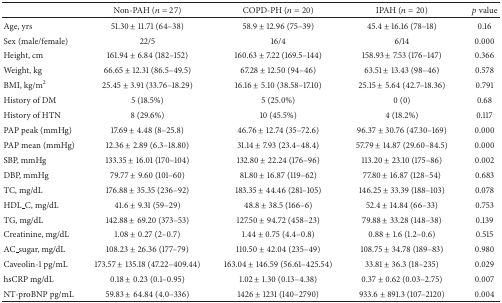
<table><thead><tr><td>[EMPTY_CELL]</td><td><b>Non-PAH (<i>n</i> = 27)</b></td><td><b>COPD-PH (<i>n</i> = 20)</b></td><td><b>IPAH (<i>n</i> = 20)</b></td><td><b><i>p</i> value</b></td></tr></thead><tbody><tr><td>Age, yrs</td><td>51.30 ± 11.71 (64–38) </td><td>58.9 ± 12.96 (75–39) </td><td>45.4 ± 16.16 (78–18) </td><td>0.16 </td></tr><tr><td>Sex (male/female)</td><td>22/5</td><td>16/4</td><td>6/14</td><td>0.000</td></tr><tr><td>Height, cm</td><td>161.94 ± 6.84 (182–152)</td><td>160.63 ± 7.22 (169.5–144)</td><td>158.93 ± 7.53 (176–147)</td><td>0.366</td></tr><tr><td>Weight, kg</td><td>66.65 ± 12.31 (86.5–49.5)</td><td>67.28 ± 12.50 (94–46)</td><td>63.51 ± 13.43 (98–46)</td><td>0.578</td></tr><tr><td>BMI, kg/m<sup>2</sup></td><td>25.45 ± 3.91 (33.76–18.29)</td><td>16.16 ± 5.10 (38.58–17.10)</td><td>25.15 ± 5.64 (42.7–18.36)</td><td>0.791</td></tr><tr><td>History of DM</td><td>5 (18.5%)</td><td>5 (25.0%)</td><td>0 (0)</td><td>0.68</td></tr><tr><td>History of HTN</td><td>8 (29.6%)</td><td>10 (45.5%)</td><td>4 (18.2%)</td><td>0.117</td></tr><tr><td>PAP peak (mmHg)</td><td>17.69 ± 4.48 (8–25.8)</td><td>46.76 ± 12.74 (35–72.6)</td><td>96.37 ± 30.76 (47.30–169)</td><td>0.000</td></tr><tr><td>PAP mean (mmHg)</td><td>12.36 ± 2.89 (6.3–18.80)</td><td>31.14 ± 7.93 (23.4–48.4)</td><td>57.79 ± 14.87 (29.60–84.5)</td><td>0.000</td></tr><tr><td>SBP, mmHg</td><td>133.35 ± 16.01 (170–104)</td><td>132.80 ± 22.24 (176–96)</td><td>113.20 ± 23.10 (175–86)</td><td>0.002</td></tr><tr><td>DBP, mmHg</td><td>79.77 ± 9.60 (101–60)</td><td>81.80 ± 16.87 (119–62)</td><td>77.80 ± 16.87 (128–54)</td><td>0.683</td></tr><tr><td>TC, mg/dL</td><td>176.88 ± 35.35 (236–92)</td><td>183.35 ± 44.46 (281–105)</td><td>146.25 ± 33.39 (188–103)</td><td>0.078</td></tr><tr><td>HDL_C, mg/dL</td><td>41.6 ± 9.31 (59–29)</td><td>48.8 ± 38.5 (166–6)</td><td>52.4 ± 14.84 (66–33)</td><td>0.753</td></tr><tr><td>TG, mg/dL</td><td>142.88 ± 69.20 (373–53)</td><td>127.50 ± 94.72 (458–23)</td><td>79.88 ± 33.28 (148–38)</td><td>0.139</td></tr><tr><td>Creatinine, mg/dL</td><td>1.08 ± 0.27 (2–0.7)</td><td>1.44 ± 0.75 (4.4–0.8)</td><td>0.88 ± 1.6 (1.2–0.6)</td><td>0.515</td></tr><tr><td>AC_sugar, mg/dL</td><td>108.23 ± 26.36 (177–79)</td><td>110.50 ± 42.04 (235–49)</td><td>108.75 ± 34.78 (189–83)</td><td>0.980</td></tr><tr><td>Caveolin-1 pg/mL</td><td>173.57 ± 135.18 (47.22–409.44)</td><td>163.04 ± 146.59 (56.61–425.54)</td><td>33.81 ± 36.3 (18–235)</td><td>0.029</td></tr><tr><td>hsCRP mg/dL</td><td>0.18 ± 0.23 (0.1–0.95)</td><td>1.02 ± 1.30 (0.13–4.38)</td><td>0.37 ± 0.62 (0.03–2.75)</td><td>0.007</td></tr><tr><td>NT-proBNP pg/mL</td><td>59.83 ± 64.84 (4.0–336)</td><td>1426 ± 1231 (140–2790)</td><td>933.6 ± 891.3 (107–2120)</td><td>0.004</td></tr></tbody></table>